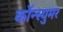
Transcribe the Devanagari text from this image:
कॉन्स्युमर